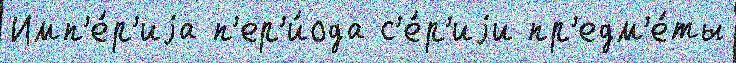
Имп'е́р'иjа п'ер'и́ода с'е́р'иjи пр'едм'е́ты